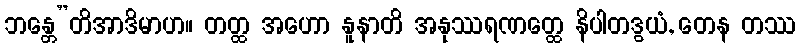
ဘန္တေ”တိအာဒိမာဟ။ တတ္ထ အဟော နူနာတိ အနုဿရဏတ္ထေ နိပါတဒွယံ, တေန တဿ